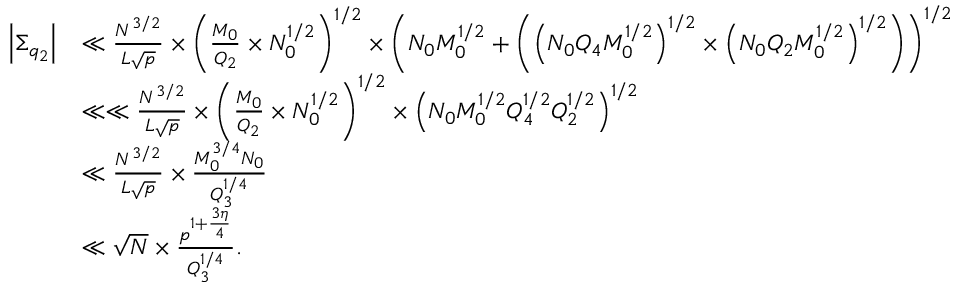
\begin{array} { r l } { \Big | \Sigma _ { q _ { 2 } } \Big | } & { \ll \frac { N ^ { 3 / 2 } } { L \sqrt { p } } \times \left( \frac { M _ { 0 } } { Q _ { 2 } } \times N _ { 0 } ^ { 1 / 2 } \right) ^ { 1 / 2 } \times \left( N _ { 0 } M _ { 0 } ^ { 1 / 2 } + \left( \left( N _ { 0 } Q _ { 4 } M _ { 0 } ^ { 1 / 2 } \right) ^ { 1 / 2 } \times \left( N _ { 0 } Q _ { 2 } M _ { 0 } ^ { 1 / 2 } \right) ^ { 1 / 2 } \right) \right) ^ { 1 / 2 } } \\ & { \ll \ll \frac { N ^ { 3 / 2 } } { L \sqrt { p } } \times \left( \frac { M _ { 0 } } { Q _ { 2 } } \times N _ { 0 } ^ { 1 / 2 } \right) ^ { 1 / 2 } \times \left( N _ { 0 } M _ { 0 } ^ { 1 / 2 } Q _ { 4 } ^ { 1 / 2 } Q _ { 2 } ^ { 1 / 2 } \right) ^ { 1 / 2 } } \\ & { \ll \frac { N ^ { 3 / 2 } } { L \sqrt { p } } \times \frac { M _ { 0 } ^ { 3 / 4 } N _ { 0 } } { Q _ { 3 } ^ { 1 / 4 } } } \\ & { \ll \sqrt { N } \times \frac { p ^ { 1 + \frac { 3 \eta } { 4 } } } { Q _ { 3 } ^ { 1 / 4 } } . } \end{array}